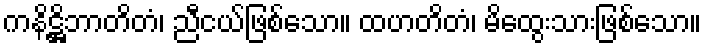
ကနိဋ္ဌိဘာတိတံ၊ ညီငယ်ဖြစ်သော။ ထဟတိတံ၊ မိထွေးသားဖြစ်သော။